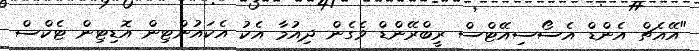
"އޭއެޗް އެންޑް އެސޯސިއޭޓްސް ރީބްރޭންޑް ވެގެން ދިއުމާ އެކު އެކައުންޓިން އޮޑިޓިން ޓެކްސް